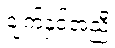
ချက်နှင့်အညီ